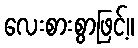
လေးစားစွာဖြင့်။